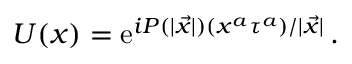
U ( x ) = \mathrm { e } ^ { i P ( | { \vec { x } } | ) ( x ^ { a } \tau ^ { a } ) / | { \vec { x } } | } \, .